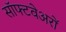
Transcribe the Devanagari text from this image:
सॉफ्टवेअरों